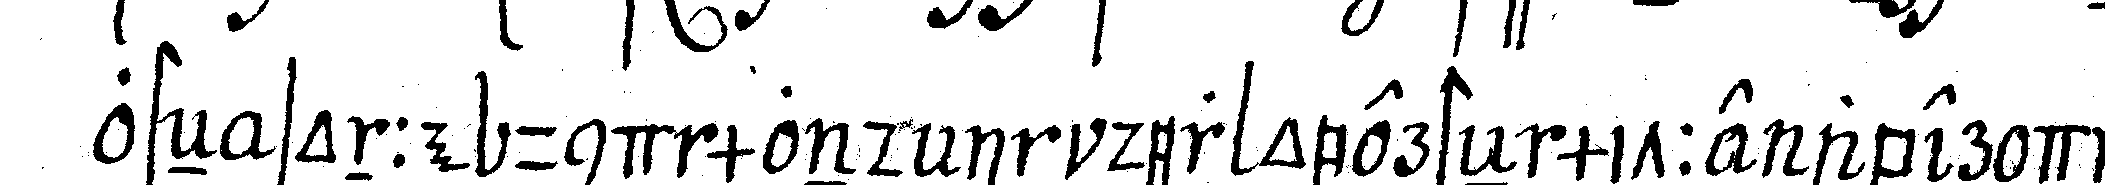
osteN sonne und mond in der obersteN mitte aber dich